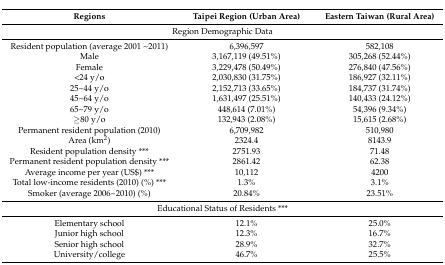
<table><thead><tr><td><b>Regions</b></td><td><b>Taipei Region (Urban Area)</b></td><td><b>Eastern Taiwan (Rural Area)</b></td></tr></thead><tbody><tr><td colspan="3">Region Demographic Data</td></tr><tr><td>Resident population (average 2001 ~ 2011)</td><td>6,396,597</td><td>582,108</td></tr><tr><td>Male</td><td>3,167,119 (49.51%)</td><td>305,268 (52.44%)</td></tr><tr><td>Female</td><td>3,229,478 (50.49%)</td><td>276,840 (47.56%)</td></tr><tr><td>&lt;24 y/o</td><td>2,030,830 (31.75%)</td><td>186,927 (32.11%)</td></tr><tr><td>25~44 y/o</td><td>2,152,713 (33.65%)</td><td>184,737 (31.74%)</td></tr><tr><td>45~64 y/o</td><td>1,631,497 (25.51%)</td><td>140,433 (24.12%)</td></tr><tr><td>65~79 y/o</td><td>448,614 (7.01%)</td><td>54,396 (9.34%)</td></tr><tr><td>≥80 y/o</td><td>132,943 (2.08%)</td><td>15,615 (2.68%)</td></tr><tr><td>Permanent resident population (2010)</td><td>6,709,982</td><td>510,980</td></tr><tr><td>Area (km<sup>2</sup>)</td><td>2324.4</td><td>8143.9</td></tr><tr><td>Resident population density ***</td><td>2751.93</td><td>71.48</td></tr><tr><td>Permanent resident population density ***</td><td>2861.42</td><td>62.38</td></tr><tr><td>Average income per year (US$) ***</td><td>10,112</td><td>4200</td></tr><tr><td>Total low-income residents (2010) (%) ***</td><td>1.3%</td><td>3.1%</td></tr><tr><td>Smoker (average 2006~2010) (%)</td><td>20.84%</td><td>23.51%</td></tr><tr><td colspan="3">Educational Status of Residents ***</td></tr><tr><td>Elementary school</td><td>12.1%</td><td>25.0%</td></tr><tr><td>Junior high school</td><td>12.3%</td><td>16.7%</td></tr><tr><td>Senior high school</td><td>28.9%</td><td>32.7%</td></tr><tr><td>University/college</td><td>46.7%</td><td>25.5%</td></tr></tbody></table>